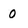
Character: 0